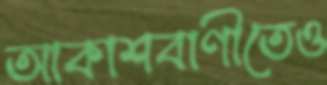
আকাশবাণীতেও